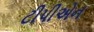
ટીપીએન